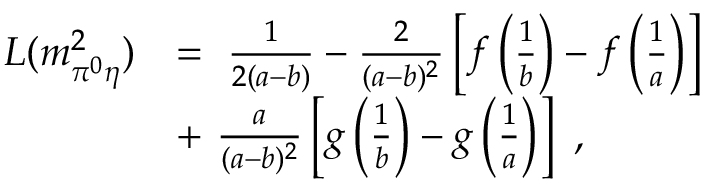
\begin{array} { r l } { { L ( m _ { \pi ^ { 0 } \eta } ^ { 2 } ) } } & { { = \ \frac { 1 } { 2 ( a - b ) } - \frac { 2 } { ( a - b ) ^ { 2 } } \left[ f \left( \frac { 1 } { b } \right) - f \left( \frac { 1 } { a } \right) \right] } } \\ { { } } & { { + \ \frac { a } { ( a - b ) ^ { 2 } } \left[ g \left( \frac { 1 } { b } \right) - g \left( \frac { 1 } { a } \right) \right] \ , } } \end{array}